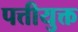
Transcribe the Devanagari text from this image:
पत्तीयुक्त